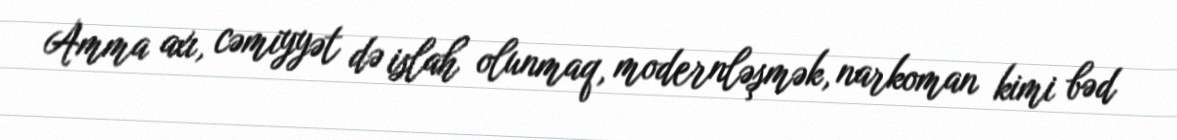
Amma axı, cəmiyyət də islah olunmaq, modernləşmək, narkoman kimi bəd